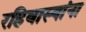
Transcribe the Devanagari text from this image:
रहिवास्यांना